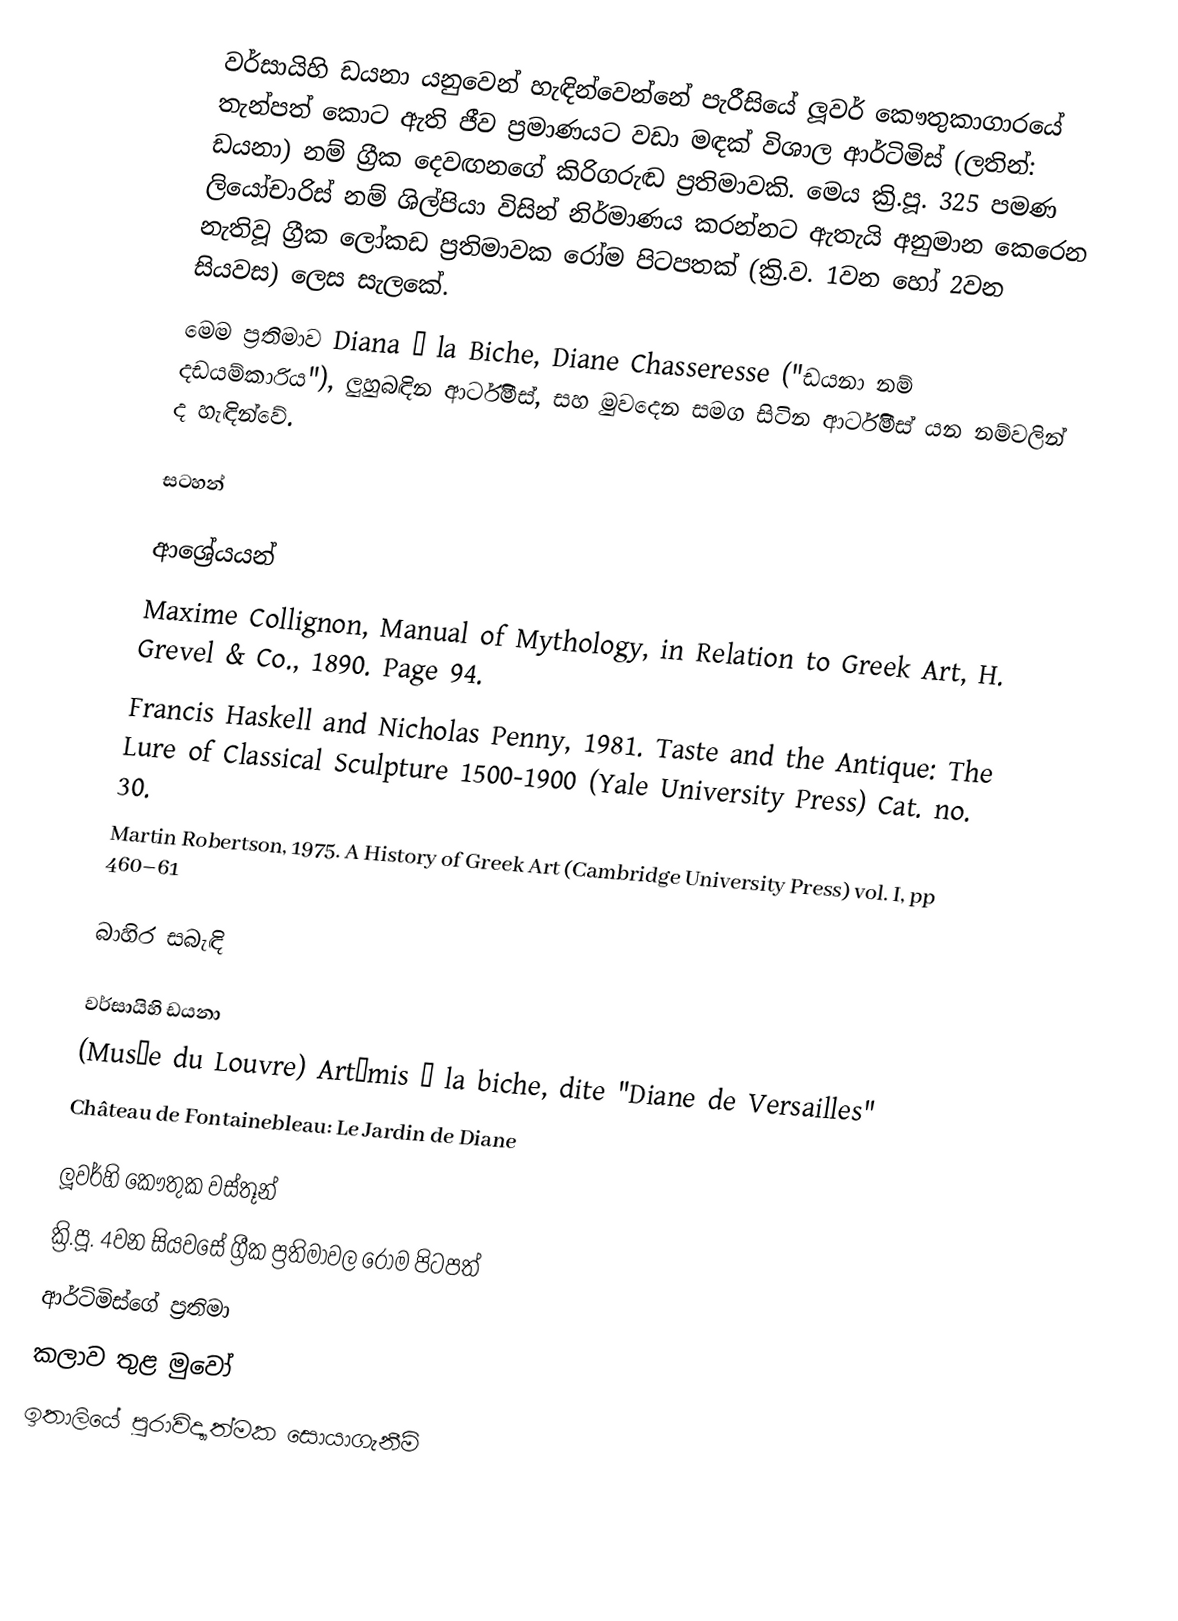
වර්සායිහි ඩයනා යනුවෙන් හැඳින්වෙන්නේ පැරීසියේ ලූවර් කෞතුකාගාරයේ තැන්පත් කොට ඇති ජීව ප්‍රමාණයට වඩා මඳක් විශාල ආර්ටිමිස් (ලතින්: ඩයනා) නම් ග්‍රීක දෙවඟනගේ කිරිගරුඬ ප්‍රතිමාවකි. මෙය ක්‍රි.පූ. 325 පමණ ලියෝචාරිස් නම් ශිල්පියා විසින් නිර්මාණය කරන්නට ඇතැයි අනුමාන කෙරෙන නැතිවූ ග්‍රීක ලෝකඩ ප්‍රතිමාවක රෝම පිටපතක් (ක්‍රි.ව. 1වන හෝ 2වන සියවස) ලෙස සැලකේ.
මෙම ප්‍රතිමාව Diana à la Biche, Diane Chasseresse ("ඩයනා නම් දඩයම්කාරිය"), ලුහුබඳින ආර්ටිමිස්, සහ මුවදෙන සමග සිටින ආර්ටිමිස් යන නම්වලින් ද හැඳින්වේ.

සටහන්

ආශ්‍රේයයන්
Maxime Collignon, Manual of Mythology, in Relation to Greek Art, H. Grevel & Co., 1890. Page 94.
Francis Haskell and Nicholas Penny, 1981. Taste and the Antique: The Lure of Classical Sculpture 1500-1900 (Yale University Press) Cat. no. 30.
Martin Robertson, 1975. A History of Greek Art (Cambridge University Press) vol. I, pp 460–61

බාහිර සබැඳි

 වර්සායිහි ඩයනා
 (Musée du Louvre) Artémis à la biche, dite "Diane de Versailles"
Château de Fontainebleau: Le Jardin de Diane

ලූවර්හි කෞතුක වස්තූන්
ක්‍රි.පූ. 4වන සියවසේ ග්‍රීක ප්‍රතිමාවල රෝම පිටපත්
ආර්ටිමිස්ගේ ප්‍රතිමා
කලාව තුළ මුවෝ
ඉතාලියේ පුරාවිද්‍යාත්මක සොයාගැනීම්